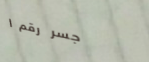
جسر رقم ١